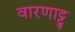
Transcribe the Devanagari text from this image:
वारणाट्टु